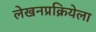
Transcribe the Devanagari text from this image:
लेखनप्रक्रियेला